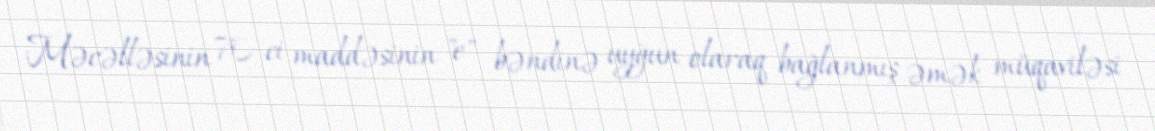
Məcəlləsinin 70-ci maddəsinin "e" bəndinə uyğun olaraq bağlanmış əmək müqaviləsi